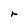
Character: r